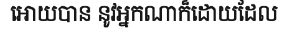
អោយបាន នូវអ្នកណាក៏ដោយដែល